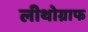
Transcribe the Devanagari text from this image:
लीथोग्राफ